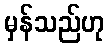
မှန်သည်ဟု